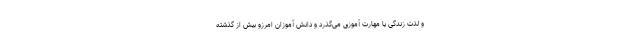
و لذت زندگی یا مهارت آموزی می‌گذرد و دانش آموزان امرزو بیش از گذشته